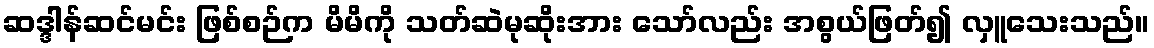
ဆဒ္ဒါန်ဆင်မင်း ဖြစ်စဉ်က မိမိကို သတ်ဆဲမုဆိုးအား သော်လည်း အစွယ်ဖြတ်၍ လှူသေးသည်။